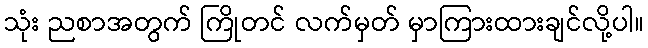
သုံး ညစာအတွက် ကြိုတင် လက်မှတ် မှာကြားထားချင်လို့ပါ။